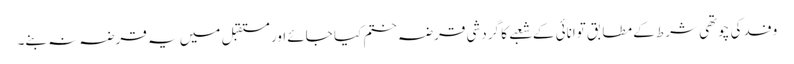
وفد کی چوتھی شرط کے مطابق توانائی کے شعبے کا گردشی قرضہ ختم کیا جائے اور مستقبل میں یہ قرضہ نہ بنے۔